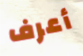
أعرف